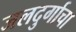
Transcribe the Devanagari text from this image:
जलदुर्गाचा